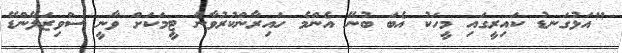
"އަޅުގަނޑު ކައިރީގައި މީހަކު އެބަ ބުނޭ އެންމެ ހައިރާންކުރުވާނެ ޓީމަކަށް ވާނީ ސްވިޒަލޭންޑޭ